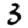
Digit: 3